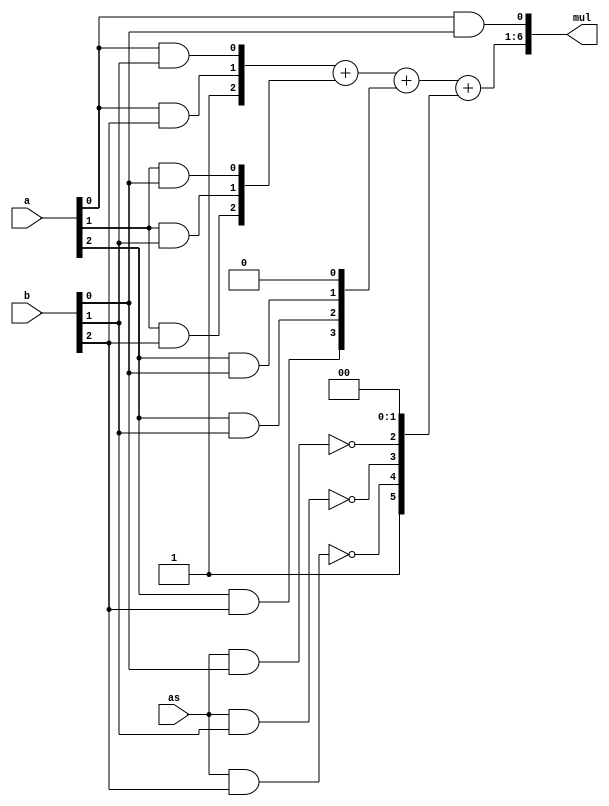
 module Mult_3bits    
 (
    input             as , // sign of a
    input       [2:0] a  , //   signed
    input       [2:0] b  , // unsigned
    output wire [6:0] mul    
);


//  sum =  {1'b0,   1'b0,         1'b0,        1'b1 , a[1]&b[0], a[0]&b[0]} + 
//         {1'b0,   1'b0,         1'b0,   a[1]&b[1] , a[0]&b[1],     1'b0 } + 
//         {1'b0,   1'b1, ~{a[1]&b[2]}, ~{a[0]&b[2]},      1'b0,     1'b0 } ;
                    


wire [3:0] a_s;
wire a0b0, a1b0, a2b0, a0b1, a1b1, a2b1, a0b2, a1b2, a2b2, a3b0, a3b1, a3b2 ;
//wire ha1c;
//wire fa2c, fa2s, ha2c;
//wire fa3c, fa3s, ha3c,fa4c ; 

//wire st2_c, st2_p;
//wire [4:0] m_tst;

assign a_s   = {   as,a};
assign a0b0 =   a_s[0] && b[0]  ;
assign a0b1 =   a_s[0] && b[1]  ;
assign a0b2 =   a_s[0] && b[2]  ;

assign a1b0 =   a_s[1] && b[0]  ;
assign a1b1 =   a_s[1] && b[1]  ;
assign a1b2 =   a_s[1] && b[2]  ;

assign a2b0 =   a_s[2] && b[0]  ;
assign a2b1 =   a_s[2] && b[1]  ;
assign a2b2 =   a_s[2] && b[2]  ;

assign a3b0 = ~(a_s[3] && b[0]) ;
assign a3b1 = ~(a_s[3] && b[1]) ;
assign a3b2 = ~(a_s[3] && b[2]) ;

//// Based on RCA
assign mul[  0] =                            a0b0;
assign mul[6:1] = {1'b0,  1'b0,  1'b0,  1'b1,  a0b2,  a0b1 } + 
                  {1'b0,  1'b0,  1'b0,  a1b2,  a1b1,  a1b0 } + 
                  {1'b0,  1'b0,  a2b2,  a2b1,  a2b0,  1'b0 } +
                  {1'b1,  a3b2,  a3b1,  a3b0,  1'b0,  1'b0 } ;

////// Based on CSA 
//// st 0
//assign mul[  0] = a0b0;
//
//// st 1
//half_adder ha1 ( .a(a1b0), .b(a0b1) ,               .sum(mul[1]), .cout(ha1c) );
//
//// st 2
//assign mul[2] = ~(ha1c ^ a1b1 ^ a2b0);
//assign st2_c = ha1c && ~a1b1  || ~ha1c && a2b0 || a1b1 && ~a2b0;
//assign st2_p = ha1c && a1b1 && a2b0;
//
//// st 3 
//half_adder ha3 ( .a(a2b1), .b(st2_c) ,               .sum(mul[3]), .cout(ha2c) );
//
//// st 4
//assign mul[4] = ~(st2_p ^ ha2c);
//


endmodule